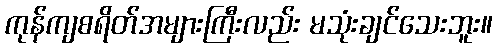
ကုန်ကျစရိတ်အများကြီးလည်း မသုံးချင်သေးဘူး။